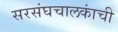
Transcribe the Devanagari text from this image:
सरसंघचालकांची